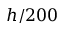
h / 2 0 0